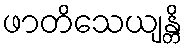
ဖာတိသေယျန္တိ